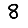
Digit: 8